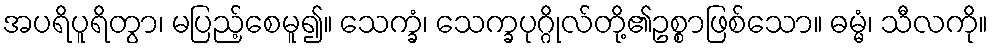
အပရိပူရိတွာ၊ မပြည့်စေမူ၍။ သေက္ခံ၊ သေက္ခပုဂ္ဂိုလ်တို့၏ဥစ္စာဖြစ်သော။ ဓမ္မံ၊ သီလကို။